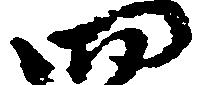
四